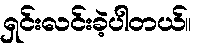
ရှင်းလင်းခဲ့ပါတယ်။